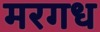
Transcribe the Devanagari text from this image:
मरगध